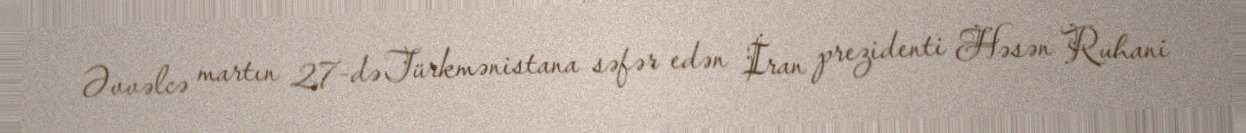
Əvvəlcə martın 27-də Türkmənistana səfər edən İran prezidenti Həsən Ruhani